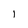
Character: l